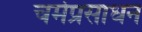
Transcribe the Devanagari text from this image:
चर्मप्रसाधन